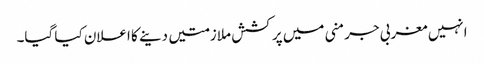
انہیں مغربی جرمنی میں پرکشش ملازمتیں دینے کا اعلان کیا گیا۔